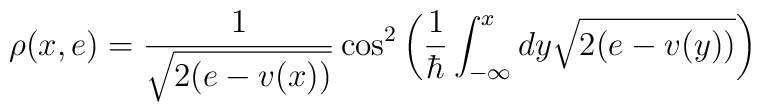
\rho ( x , e ) = \frac{1}{\sqrt{2(e - v(x))}} \cos^{2} \left (\frac{1}{\hbar}\int_{-\infty}^{x} d y \sqrt{2 ( e - v(y) )} \right )